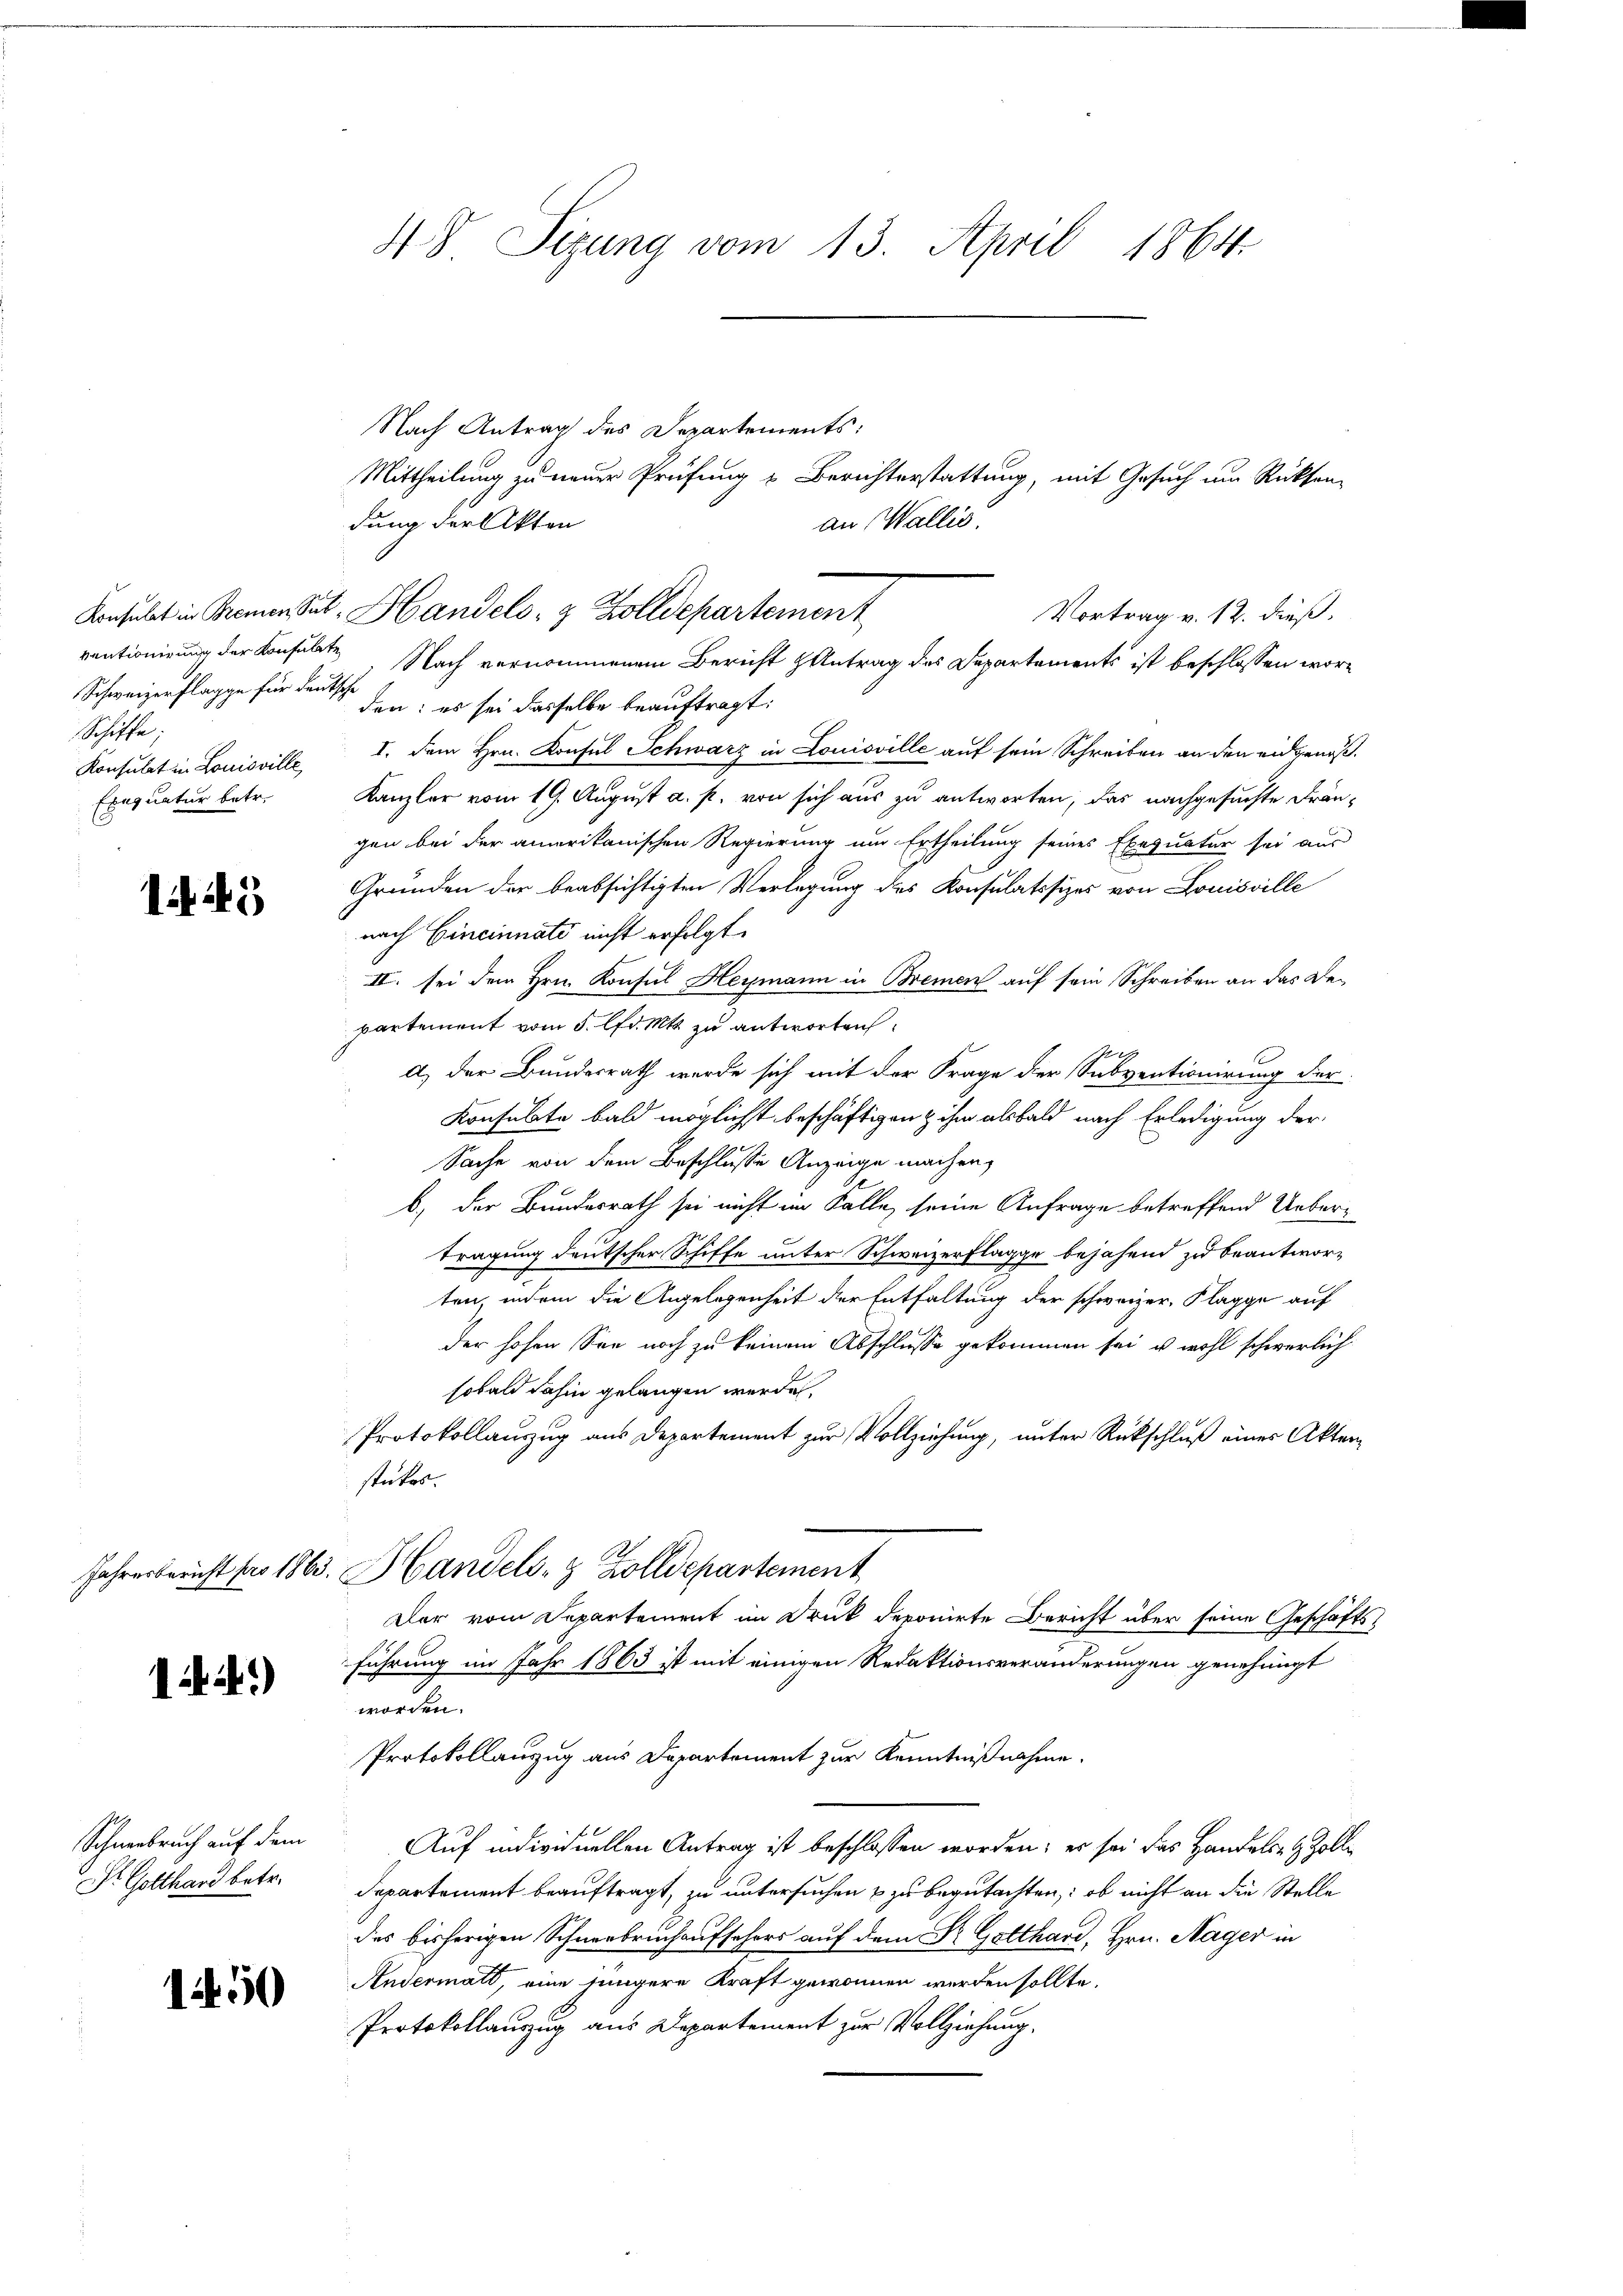
ventionirung der Konsulate
Schweizerflagge für deutsche
Schiffe
Konsulat in Louisville
Exequatur betr.

145

14.)

Schneebruch auf dem
Sr Gotthard betr.

1450

48 Sizung vom 13. April 1864.

Nach Antrag des Departements:
den: es sei dasselbe beauftragt:
I. dem Hrn. Konsul Schwarz in Louisville auf sein Schreiben an den eidgenöß¬
Kanzler vom 19. August a. p. von sich aus zu antworten, das nachgesuchte Drängen bei der amerikanischen Regierung um Ertheilung seines Exequatur sei aus
Gründen der beabsichtigten Verlegung des Konsulatssizes von Louisville
nach Eineinnati nicht erfolgt.
II. sei dem Hrn. Konsul Heymann in Bremen auf sein Schreiben an das Bepartement vom 5. lfd. Mts. zu antworten
d) der Bundesrath werde sich mit der Frage der Subventionierung der
Konsulate bald möglichst beschäftigen & ihm alsbald nach Erledigung der
Sache von dem Beschlusse Anzeige machen,
b.) der Bundesrath sei nicht im Falle seine Anfrage betreffend Uebertragung deutscher Schiffe unter Schweizerflagge bejahend zu beantworten, indem die Angelegenheit der Entfaltung der schweizer, Flagge auf
der hohen See noch zu keinem Abschlusse gekommen sei, u. wohl schwerlich
sobald dahin gelangen werden,
Protokollauszug aus Departement zur Vollziehung, unter Rückschluß eines Aktenstükes.
Jahresbericht für 1863. Handels- & Zolldepartement
Der vom Departement im Druck deponirte Bericht über seine Geschäftsführung im Jahr 1863 ist mit einigen Redaktionsveränderungen genehmigt
worden.
Protokollauszug aus Departement zur Kenntnißnahme.
Auf individuellen Antrag ist beschlossen worden; es sei das Handels- & Zoll¬
Departement beauftragt, zu untersuchen & zu begutachten: ob nicht an die Stelle
des bisherigen Schneebruchaufsehers auf dem Dr. Gotthard, Hrn. Nager in
Andermatt, eine jüngere Kraft gewonnen werden sollte.
Protokollauszug aus Departement zur Vollziehung.

Mittheilung zu neuer Prüfung & Berichterstattung, mit Gesuch um Rücksen
dung der Akten
an Wallis.
Konsulat in Bremen Sut, Handels- & Zolldepartement
Vortrag v. 12. dieß.
Nach vernommenem Bericht Antrag des Departements ist beschlossen wor¬